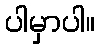
ပါမှာပါ။